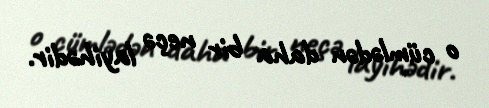
o cümlədən daha bir neçə layihədir.